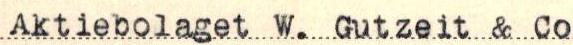
Aktiebolaget W. Gutzeit & Co